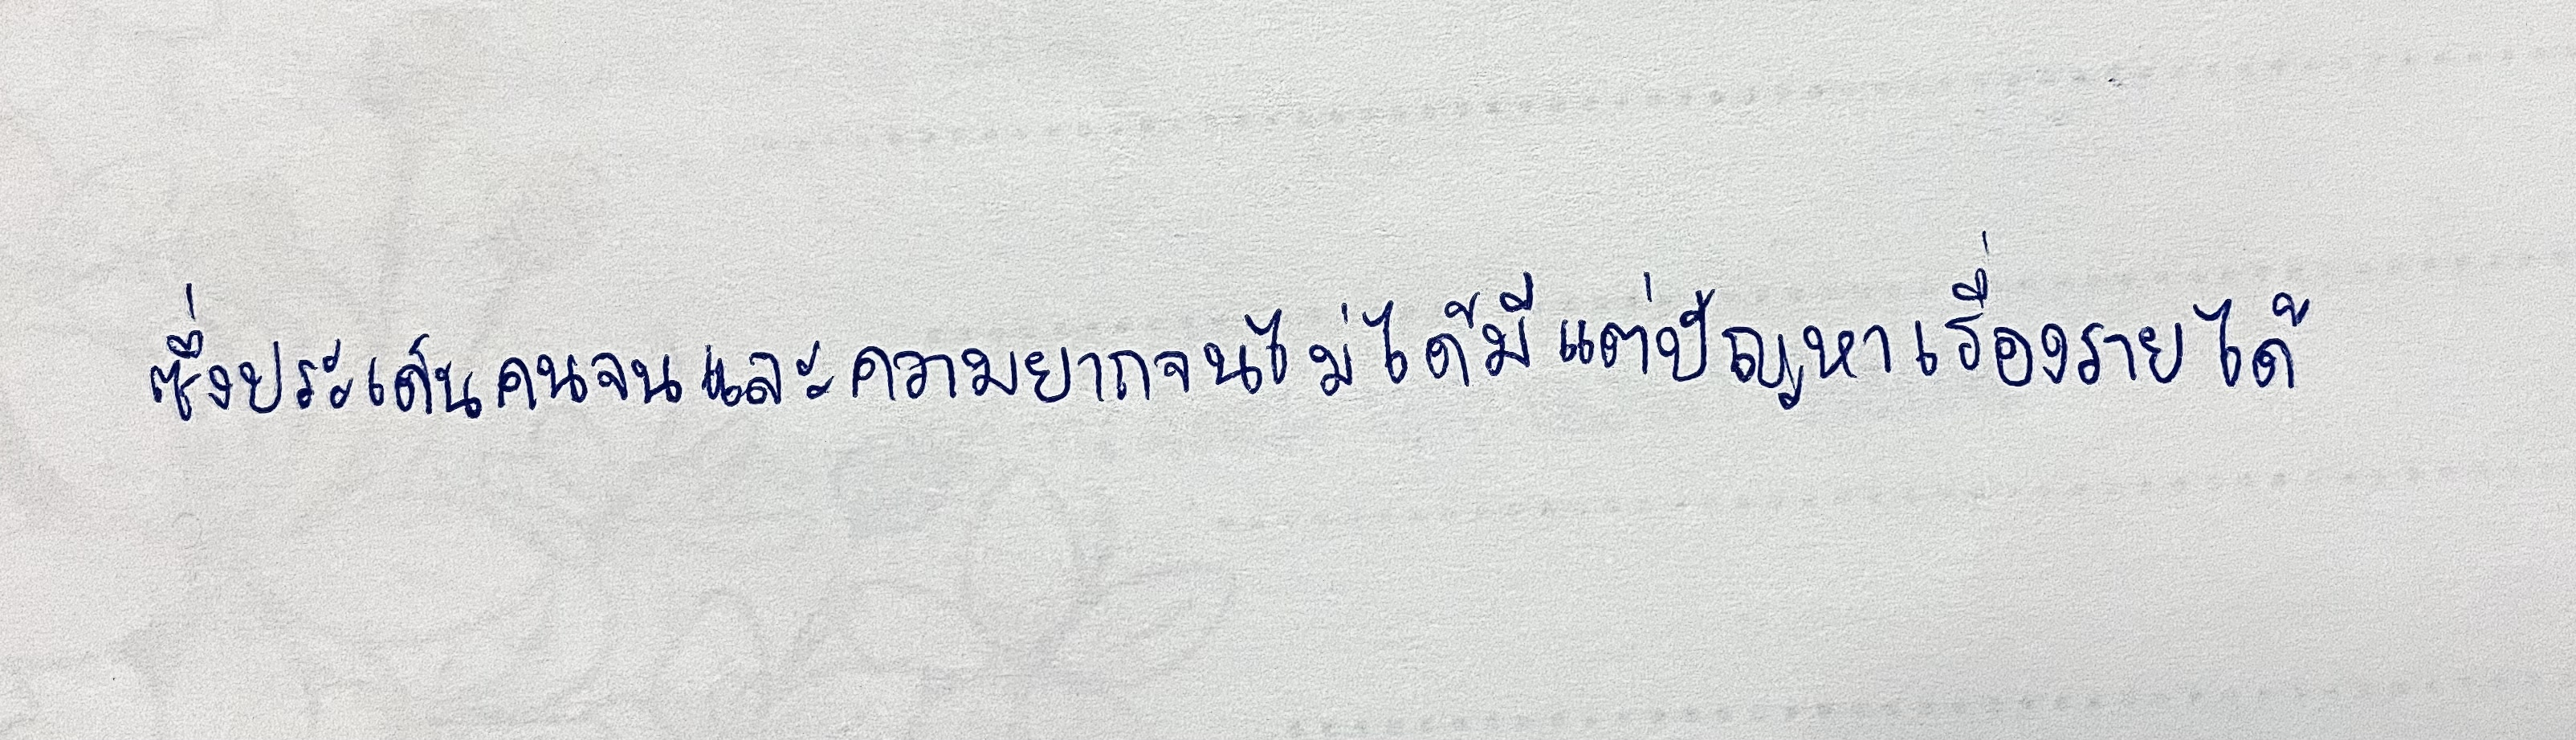
ซึ่งประเด็นเรื่องคนจนและความยากจนไม่ได้มีแต่ปัญหาเรื่องรายได้